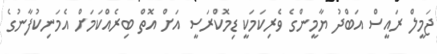
ޖަމީލް ރައީސް އަބްދު ޔާމީންގެ ވެރިކަމަކީ ޑިމޮކްރަސީ އަށް އޮތް ބިރެއްކަމަށް އެމަނިކުފާނުގެ